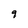
Character: 9